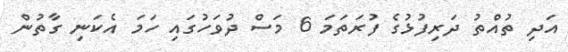
އަދި ތުއްތު ދަރިފުޅުގެ ފުރަތަމަ 6 މަސް ދުވަހުގައި ހަމަ އެކަނި ގާތުން